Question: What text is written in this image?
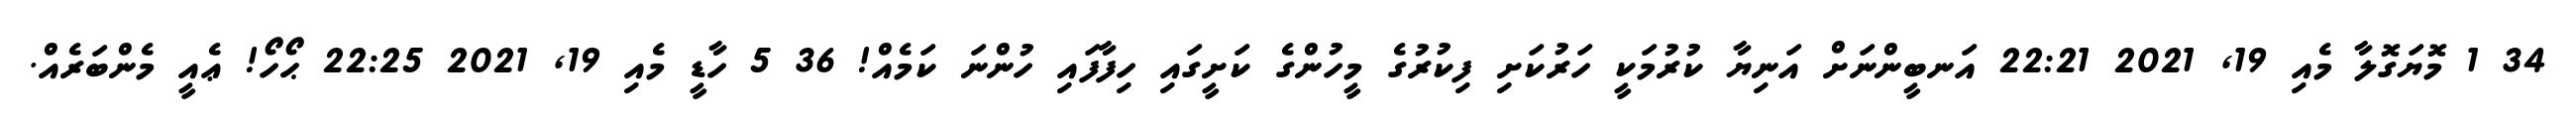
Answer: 34 1 މޮޔަގޮލާ މެއި 19, 2021 22:21 އަނބީންނަށް އަނިޔާ ކުރުމަކީ ހަރުކަށި ފިކުރުގެ މީހުންގެ ކަށީގައި ހިފާފައި ހުންނަ ކަމެއް! 36 5 ހާޑީ މެއި 19, 2021 22:25 ޙޯހޯ! ޢެއީ މެންބަރެއް.